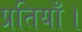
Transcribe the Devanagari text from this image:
प्रतियाँ।